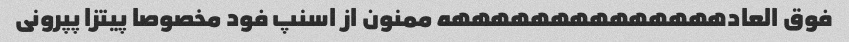
فوق العادههههههههههههههه ممنون از اسنپ فود مخصوصا پیتزا پپرونی